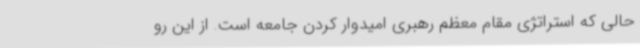
حالی که استراتژی مقام معظم رهبری امیدوار کردن جامعه است. از این رو